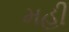
મહી